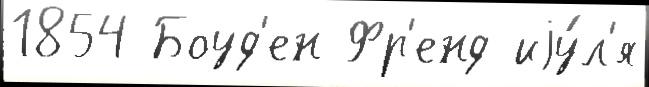
1854 Боуд'ен Фр'енд иjу́л'я